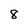
Character: 8